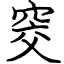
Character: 窔